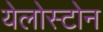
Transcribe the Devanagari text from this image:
येलोस्टोन